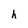
Character: h